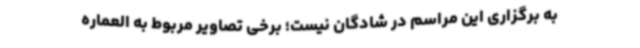
به برگزاری این مراسم در شادگان نیست؛ برخی تصاویر مربوط به العماره